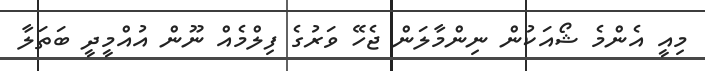
މިއީ އެންމެ ޝޯއަކުން ނިންމާލަން ޖެހޭ ވަރުގެ ފިލްމެއް ނޫން އުއްމީދީ ބަތަލާ